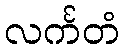
လင်္ကတံ